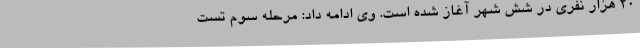
۲۰ هزار نفری در شش شهر آغاز شده است. وی ادامه داد: مرحله سوم تست